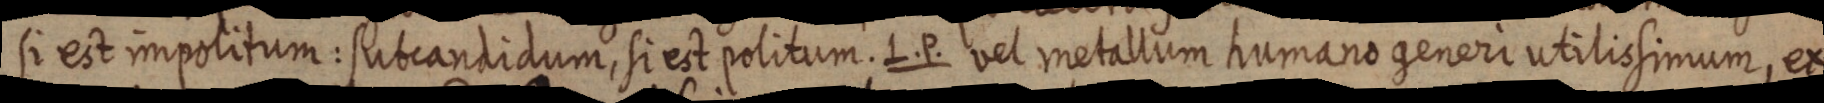
si est impolitum: Subcandidum, si est politum. L. P. vel metallum humano generi utilissimum, ex